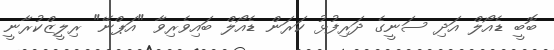
ބޮބީ ޑެއޯލް އަދި ސަނީގެ ދަރިފުޅު ކަރަން ޑެއޯލް ބައިވެރިވާ "އަޕްނޭ" ރިލީޒްކުރާނީ